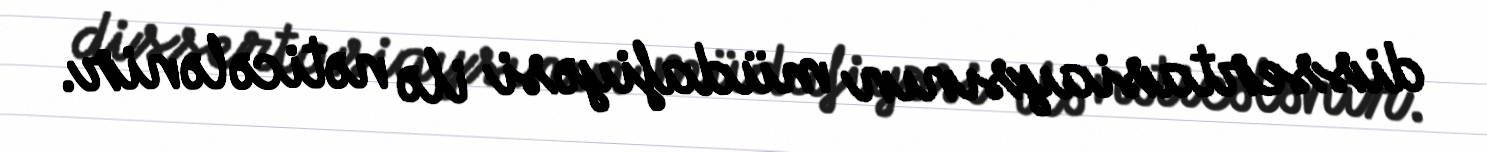
dissertasiaysının müdafiyəsi ilə nəticələnir.